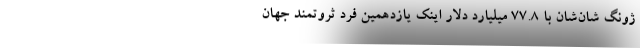
ژونگ ‌شان‌‌شان با 77.8 میلیارد دلار اینک یازدهمین فرد ثروتمند جهان